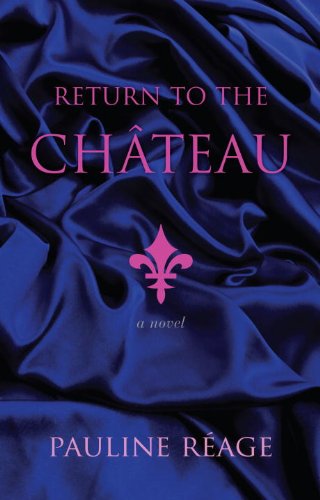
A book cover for Return to the Chateau: Preceded By, a Girl in Love; Pauline Reage; Romance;